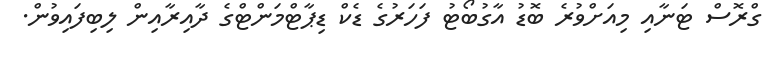
ގްރޮސް ޓަނާއި މިއަށްވުރެ ބޮޑު އާގުބޯޓު ފަހަރުގެ ޑެކް ޑިޕާޓްމަންޓްގެ ދާއިރާއިން ލިބިފައިވުން.